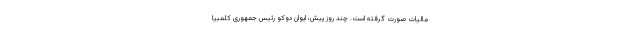
مالیات صورت گرفته است. چند روز پیش، ایوان دوکو رئیس جمهوری کلمبیا